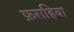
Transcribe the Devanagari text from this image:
फ़राहिया